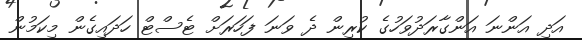
އަދި އަންނަ އަންގާރަދުވަހުގެ ކުރިން ދެ ވަނަ ފަހަރަށް ޓެސްޓް ހަދައިގެން މިކަމުން